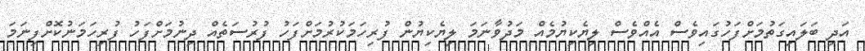
އަދި ބަލައިގަތުމަށްފަހުގައިވެސް އެއްވެސް ލިޔެކިޔުމެއް މަދުވާނަމަ ލިޔެކިޔުން ފުރިހަމަކުރުމަށްފަހު ފުރުސަތެއް ދިނުމަށްފަހު ފުރިހަމަނުކޮށްފިނަމަ